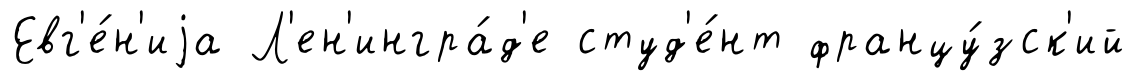
Евг'е́н'иjа Л'ен'ингра́д'е студ'е́нт францу́зск'ий